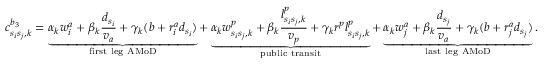
c _ { s _ { i } s _ { j } , k } ^ { b _ { 3 } } = \underbrace { \alpha _ { k } w _ { i } ^ { a } + \beta _ { k } \frac { d _ { s _ { i } } } { v _ { a } } + \gamma _ { k } ( b + r _ { i } ^ { a } d _ { s _ { i } } ) } _ { \mathrm { f i r s t ~ l e g ~ A M o D } } + \underbrace { \alpha _ { k } w _ { s _ { i } s _ { j } , k } ^ { p } + \beta _ { k } \frac { l _ { s _ { i } s _ { j } , k } ^ { p } } { v _ { p } } + \gamma _ { k } r ^ { p } l _ { s _ { i } s _ { j } , k } ^ { p } } _ { \mathrm { p u b l i c ~ t r a n s i t } } + \underbrace { \alpha _ { k } w _ { j } ^ { a } + \beta _ { k } \frac { d _ { s _ { j } } } { v _ { a } } + \gamma _ { k } ( b + r _ { j } ^ { a } d _ { s _ { j } } ) } _ { \mathrm { l a s t ~ l e g ~ A M o D } } .